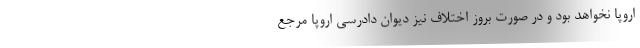
اروپا نخواهد بود و در صورت بروز اختلاف نیز دیوان دادرسی اروپا مرجع